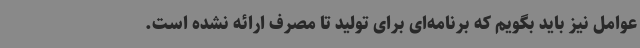
عوامل نیز باید بگویم که برنامه‌ای برای تولید تا مصرف ارائه نشده است.